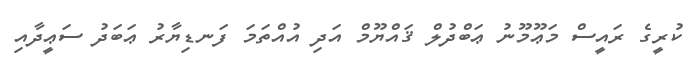
ކުރީގެ ރައީސް މަޢޫމޫނު ޢަބްދުލް ޤައްޔޫމް އަދި އުއްތަމަ ފަނޑިޔާރު ޢަބަދު ސަޢީދާއި